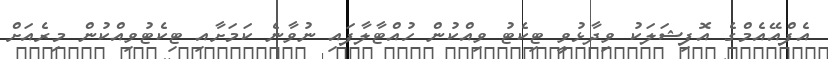
އެފްއޭއެމްގެ އޮފިޝަލަކު ވިދާޅުވީ ޓިކެޓު ވިއްކުން ހުއްޓާލާފައި ނުވާނެ ކަމަށާއި ޓިކެޓުވިއްކުން މިރެއަށް